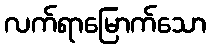
လက်ရာမြောက်သော